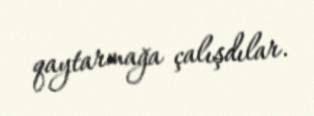
qaytarmağa çalışdılar.